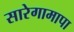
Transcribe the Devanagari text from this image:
सारेगामापा